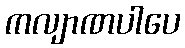
ကလျာဏပါပေ